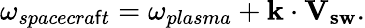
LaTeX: \omega_{spacecra\mathsf{f}t}=\omega_{plasma}+\textbf{{k}}\cdot\mathbf{{V_{sw}}}.